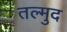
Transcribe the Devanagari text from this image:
तल्मुद